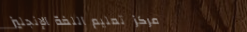
مركز تعليم اللغة الإنجليز